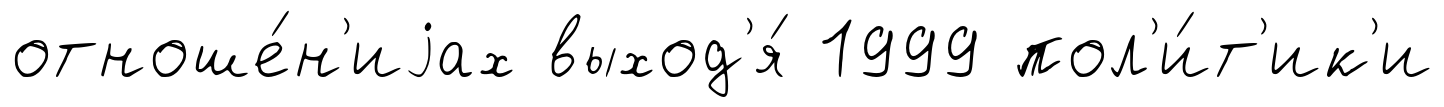
отноше́н'иjах выход'я́ 1999 пол'и́т'ик'и